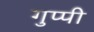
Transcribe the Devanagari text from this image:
गुप्पी